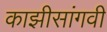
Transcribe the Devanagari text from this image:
काझीसांगवी